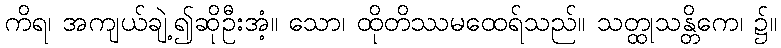
ကိရ၊ အကျယ်ချဲ့၍ဆိုဦးအံ့။ သော၊ ထိုတိဿမထေရ်သည်။ သတ္ထုသန္တိကေ၊ ၌။